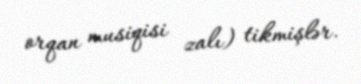
orqan musiqisi zalı) tikmişlər.